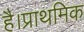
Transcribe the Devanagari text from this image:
है।प्राथमिक